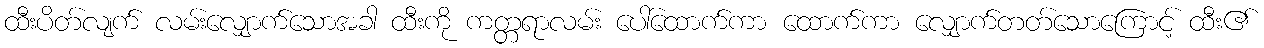
ထီးပိတ်လျက် လမ်းလျှောက်သောအခါ ထီးကို ကတ္တရာလမ်း ပေါ်ထောက်ကာ ထောက်ကာ လျှောက်တတ်သောကြောင့် ထီး၏